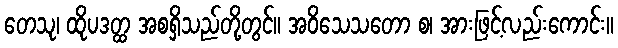
တေသု၊ ထိုပဒတ္ထ အစရှိသည်တို့တွင်။ အဝိသေသတော စ၊ အားဖြင့်လည်းကောင်း။